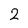
Character: 2